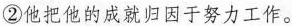
②他把他的成就归因于努力工作。